Civil Veterinary Dept. Bombay admin report 1932-41 - 1932-1941
Year: 1932
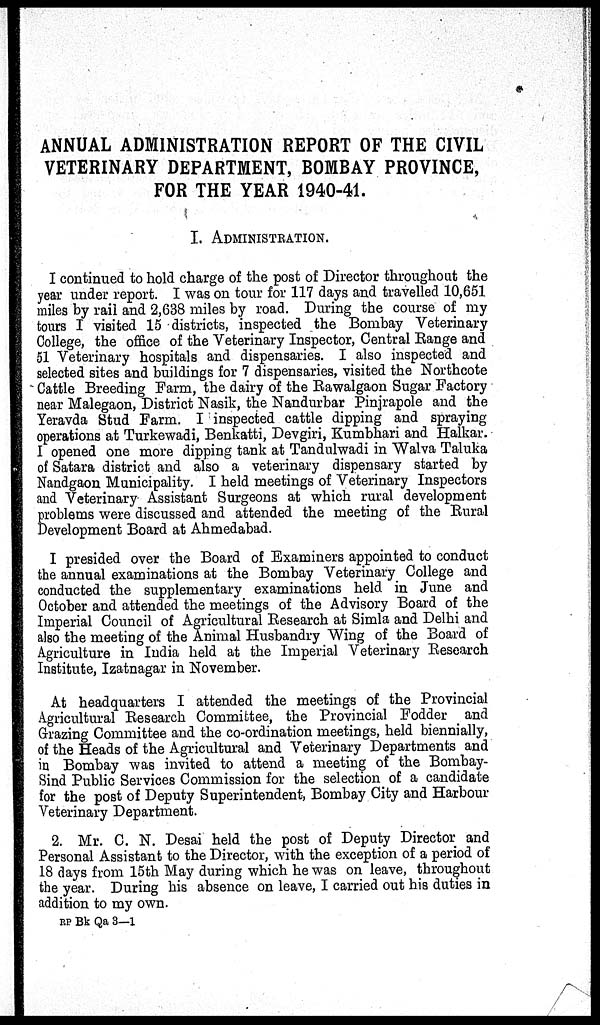
ANNUAL ADMINISTRATION REPORT OF THE CIVIL
VETERINARY DEPARTMENT, BOMBAY PROVINCE,
FOR THE YEAR 1940-41.
I.ADMINISTRATION.
I continued to hold charge of the post of Director throughout the
year under report. I was on tour for 117 days and travelled 10,651
miles by rail and 2,638 miles by road. During the course of my
tours I visited 15 districts, inspected the Bombay Veterinary
College, the office of the Veterinary Inspector, Central Range and
51 Veterinary hospitals and dispensaries. I also inspected and
selected sites and buildings for 7 dispensaries, visited the Northcote
Cattle Breeding Farm, the dairy of the Rawalgaon Sugar Factory
near Malegaon, District Nasik, the Nandurbar Pinjrapole and the
Yeravda Stud Farm. I inspected cattle dipping and spraying
operations at Turkewadi, Benkatti, Devgiri, Kumbhari and Halkar.
I opened one more dipping tank at Tandulwadi in Walva Taluka
of Satara district and also a veterinary dispensary started by
Nandgaon Municipality. I held meetings of Veterinary Inspectors
and Veterinary Assistant Surgeons at which rural development
problems were discussed and attended the meeting of the Rural
Development Board at Ahmedabad.
I presided over the Board of Examiners appointed to conduct
the annual examinations at the Bombay Veterinary College and
conducted the supplementary examinations held in June and
October and attended the meetings of the Advisory Board of the
Imperial Council of Agricultural Research at Simla and Delhi and
also the meeting of the Animal Husbandry Wing of the Board of
Agriculture in India held at the Imperial Veterinary Research
Institute, Izatnagar in November.
At headquarters I attended the meetings of the Provincial
Agricultural Research Committee, the Provincial Fodder and
Grazing Committee and the co-ordination meetings, held biennially,
of the Heads of the Agricultural and Veterinary Departments and
in Bombay was invited to attend a meeting of the Bombay-
Sind Public Services Commission for the selection of a candidate
for the post of Deputy Superintendent, Bombay City and Harbour
Veterinary Department.
2. Mr. C. N. Desai held the post of Deputy Director and
Personal Assistant to the Director, with the exception of a period of
18 days from 15th May during which he was on leave, throughout
the year. During his absence on leave, I carried out his duties in
addition to my own.
RP Bk Qa 3—1